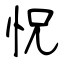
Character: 怳